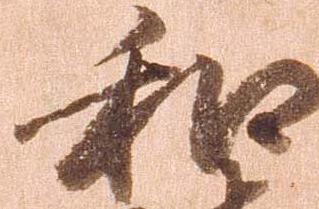
和